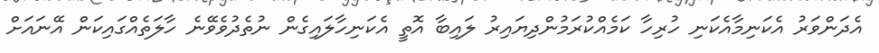
އެދަންވަރު އެކަނިމާއެކަނި ހުރިހާ ކަމެއްކުރަމުންދިޔައިރު ލައިބާ އޮތީ އެކަނިހާލައިގެން ނުތެދުވެވޭނެ ހާލަތެއްގައިކަން އޭނައަށް